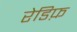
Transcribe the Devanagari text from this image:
रेडिफ़